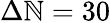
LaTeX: \Delta\mathbb{N}=30